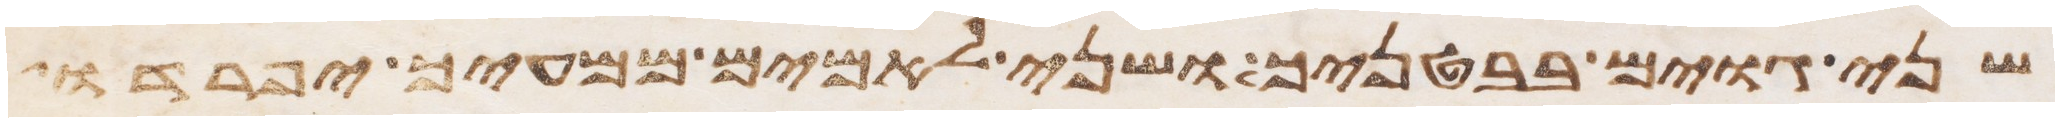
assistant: שני גוים בבטנך ושני לאמים ממעיך יפרדו